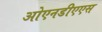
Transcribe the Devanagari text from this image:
ओएनडीएएस